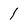
Character: 1